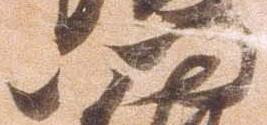
門